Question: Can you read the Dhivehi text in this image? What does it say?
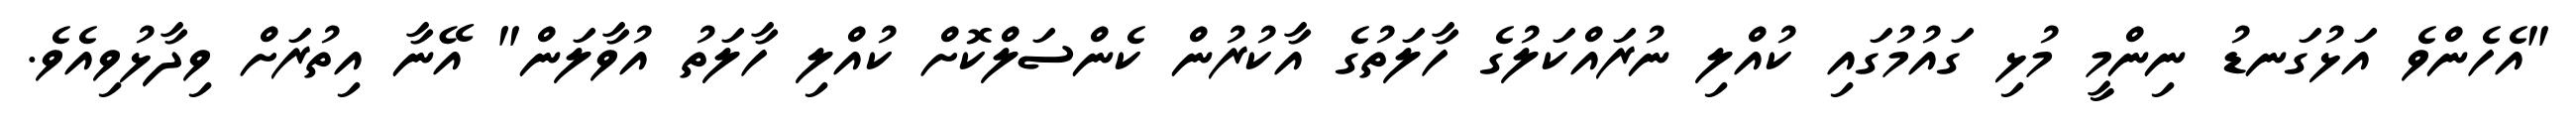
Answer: "އެހެންވެ އަޅުގަނޑު ނިންމީ މުޅި ގައުމުގައި ކުއްލި ނުރައްކަލުގެ ހާލަތުގެ އާކުރުން ކެންސަލްކޮށް ކުއްލި ހާލަތު އުވާލަން" އޭނާ އިތުރަށް ވިދާޅުވިއެވެ.